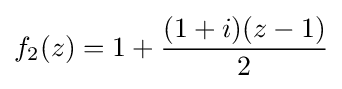
f_{2}(z)=1+{\frac {(1+i)(z-1)}{2}}